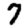
Digit: 7